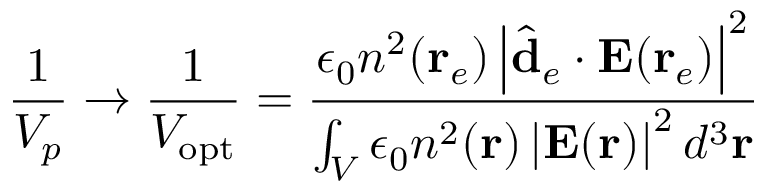
\frac { 1 } { V _ { p } } \rightarrow \frac { 1 } { V _ { \mathrm { o p t } } } = \frac { \epsilon _ { 0 } n ^ { 2 } ( \mathbf { r } _ { e } ) \left| \hat { \mathbf { d } } _ { e } \cdot \mathbf { E } ( \mathbf { r } _ { e } ) \right| ^ { 2 } } { \int _ { V } \epsilon _ { 0 } n ^ { 2 } ( \mathbf { r } ) \left| \mathbf { E } ( \mathbf { r } ) \right| ^ { 2 } d ^ { 3 } \mathbf { r } }